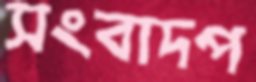
সংবাদপ